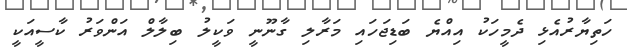
ހަތިޔާރުއެޅި ދެމީހަކު އިއްޔެ ބަޑިޖަހައި މަރާލި ގާނޫނީ ވަކީލު ބިލާލް އަންވަރު ކާސީއަކީ